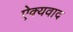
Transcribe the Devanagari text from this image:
ऐक्यवाद